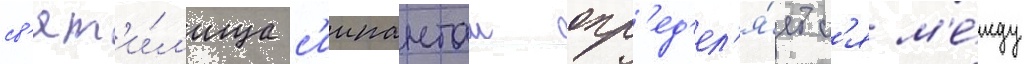
св'ят'и́л'ища с'иипанташ опр'ед'ел'я́етс'я м'е́жду